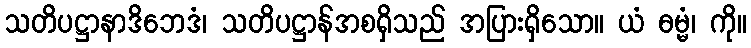
သတိပဋ္ဌာနာဒိဘေဒံ၊ သတိပဋ္ဌာန်အစရှိသည် အပြားရှိသော။ ယံ ဓမ္မံ၊ ကို။